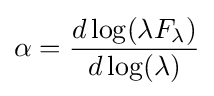
\alpha ={\frac {d\log(\lambda F_{\lambda })}{d\log(\lambda )}}